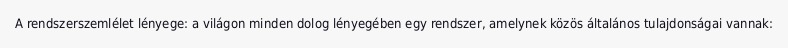
A rendszerszemlélet lényege: a világon minden dolog lényegében egy rendszer, amelynek közös általános tulajdonságai vannak: